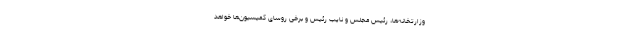
وزارتخانه‌ها، رئیس مجلس و نایب رئیس و برخی روسای کمیسیون‌ها خواهد